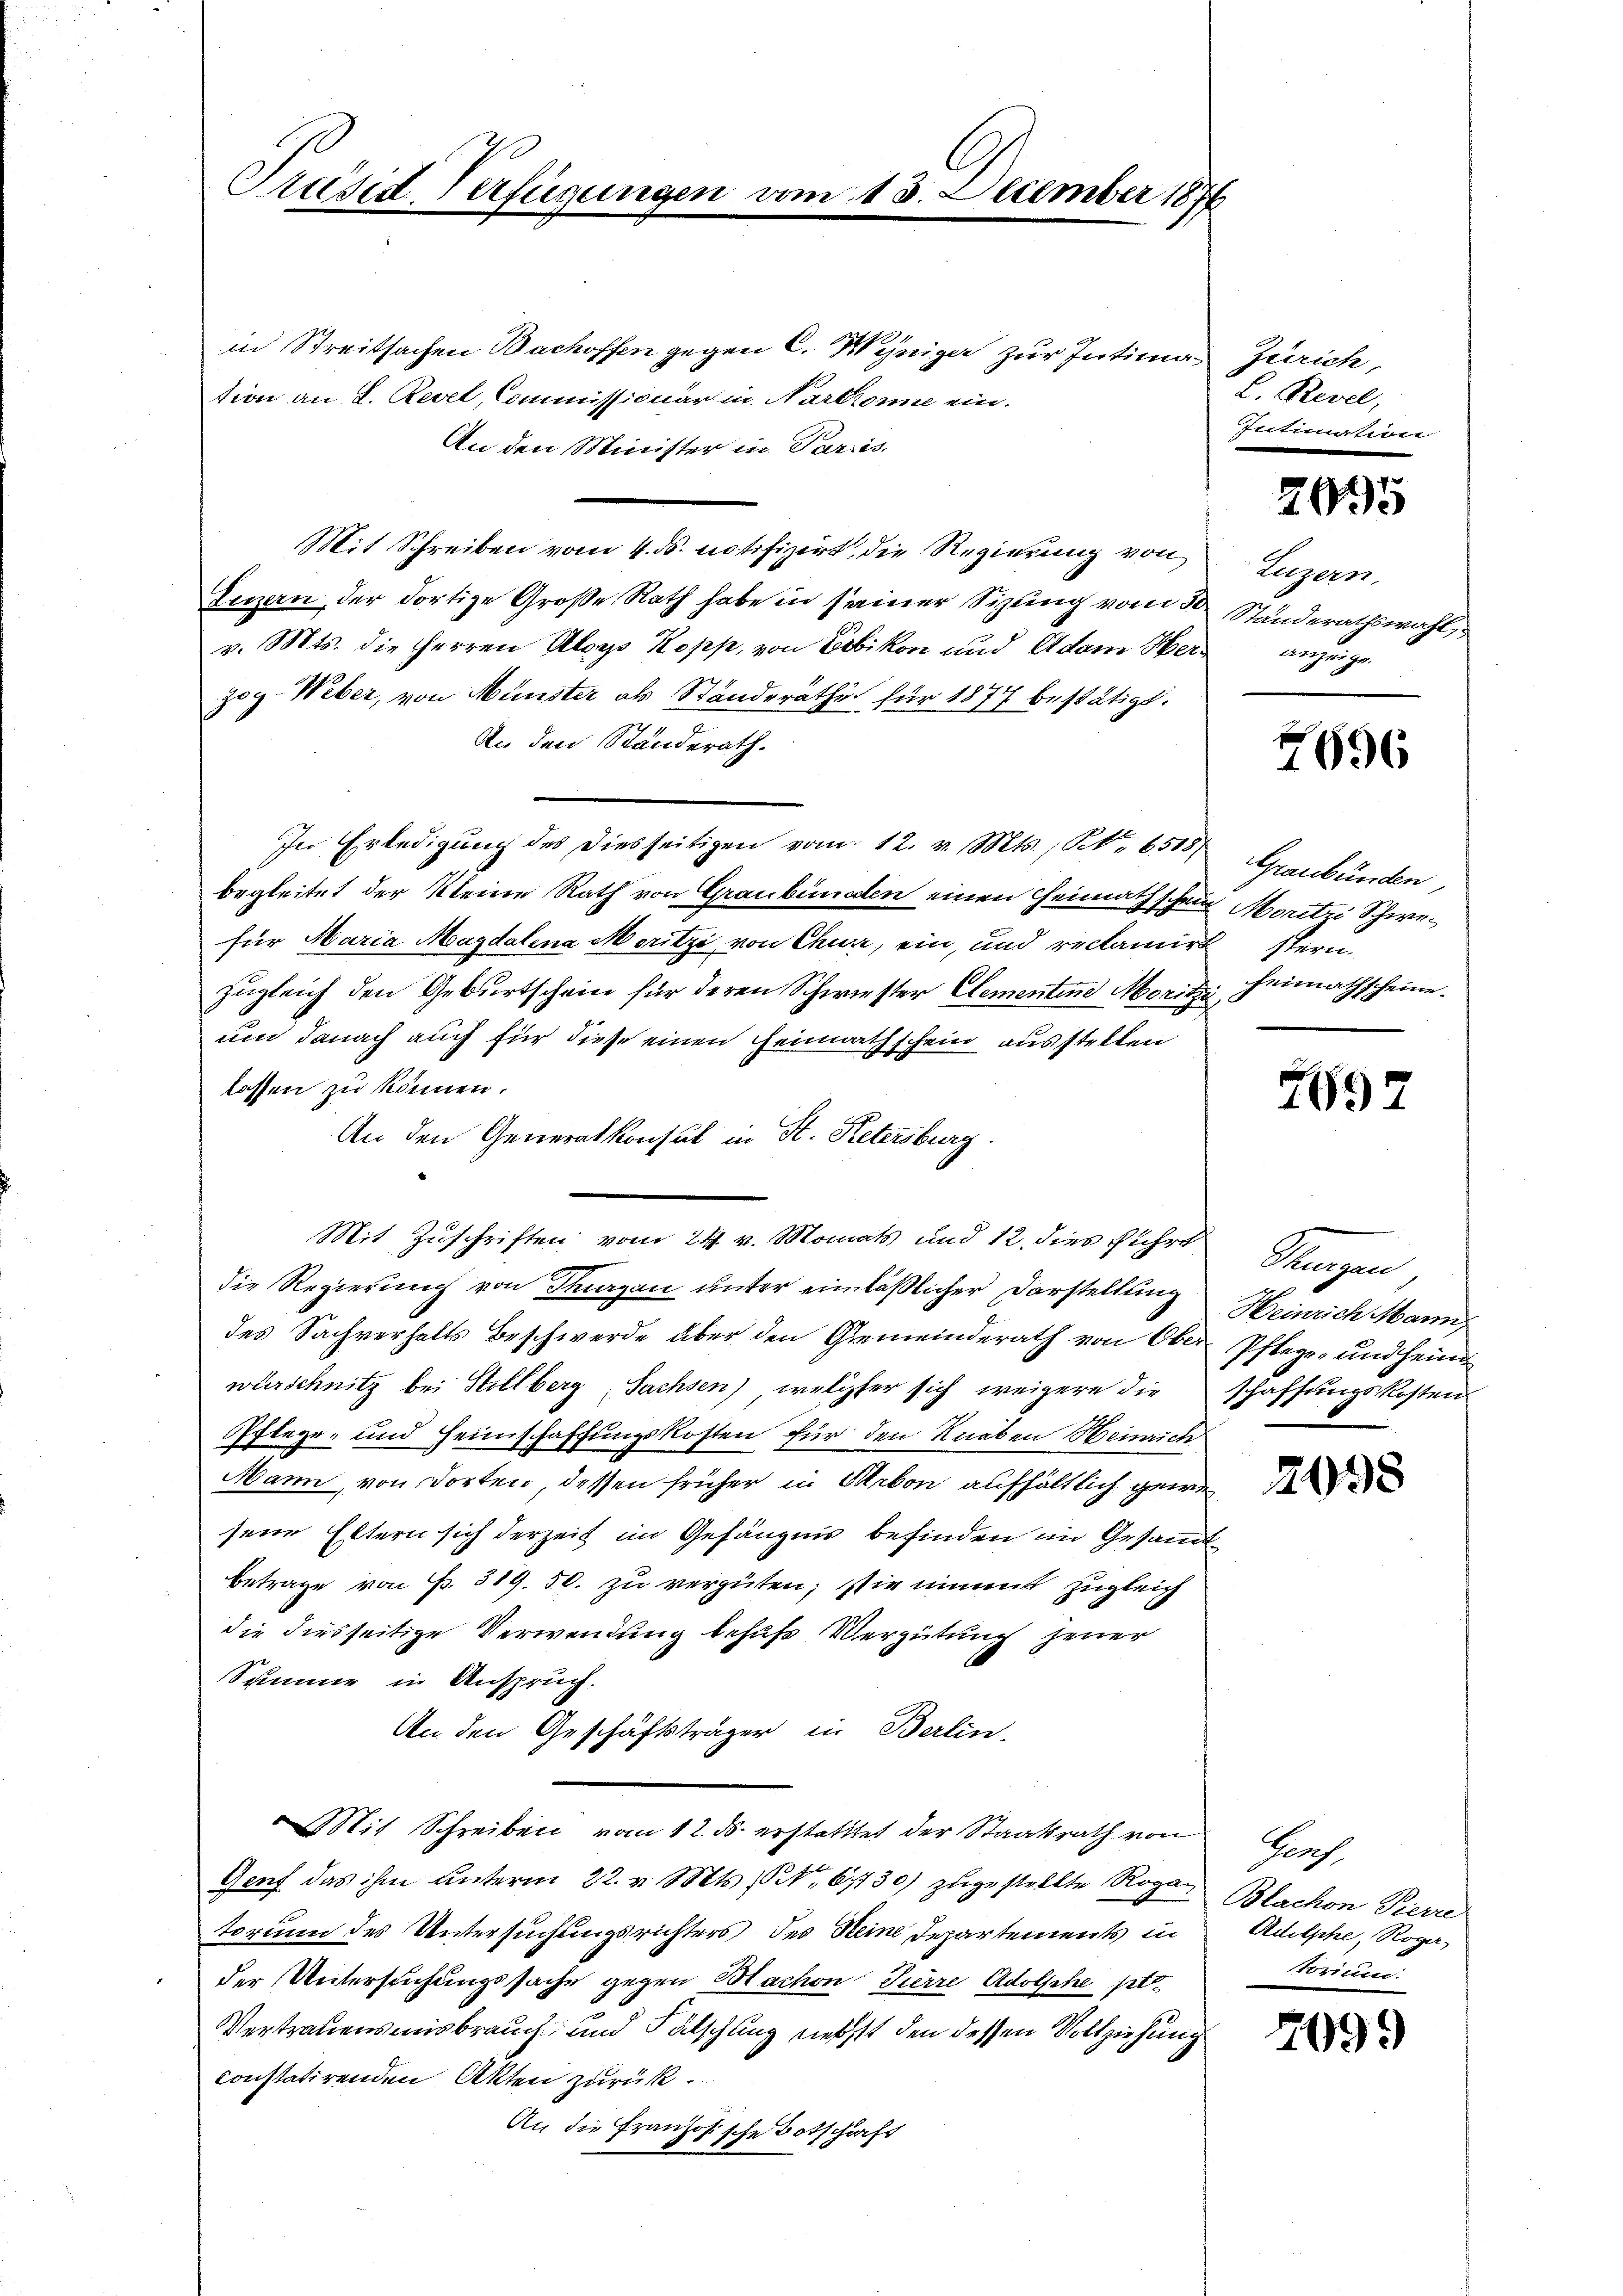
Präsid. Verfügungen.

13. December 1876

in Streitsachen Bachoffen gegen C. Weniger zur Intima Zürich,
tion an L. Revel, Commissionär in Narkrone ein.
An den Minister in Paris.
Mit Schreiben vom 4. ds. notifizirt, die Regierung von
Luzern, der dortige Große Rath habe in seiner Sizung vom 3 Ständerathswahl,
v. Mts. die Herren Aloys Kopp, von Ebikon und Adam Herz anzeige
zog-Weber, von Münster als Ständerathe für 1877 bestätigt.
An den Standerath.
In Erledigŭng des diesseitigen vom 12. v. Mts., S. 6515 Graubünden,
begleitet der Kleine Rath von Graubünden einen Heimathschein Moritzi Schwefür Maria Magdalena Moritze von Churz, ein, und reclamirt stern.
zugleich den Geburtschein für deren Schwester Clementen Morizzi, Freimathscheine
um danach auch für diese einen Heimathschein ausstellen
lassen zu können.
An den Generalkonsul in St. Petersburg.
Mit Zuschriften vom 24. v. Monats und 12. dies führt
die Regierung von Thurgau unter einläßlicher Darstellung
des Sachverhalts Beschwerde über den Gemeinderath von Ober Pflege und Heim
wurschnitz bei Stollberg, Sachsen), welcher sich weigere die
Pflege, und Heimschaffungskosten für den Knaben Heinrich
Mann, von Dorten dessen früher in Arbon aufhältlich gew.
sene Eltern sich derzeit im Gefängnis befinden im Gesamm
Betrage von Fr. 319. 50. zu vergüten; sie nimmt zugleich
die diesseitige Verwendung behufs Vergütung jener
Summe in Anspruch.
An den Geschäftsträger in Berlin.
Mit Schreiben vom 12. ds. erstatttet der Staatsrath von Genf,
Genf das ihm unterm 22. v. Mts. S. 61730) zugestellte Roga Blachon Pierre
torium des Untersuchungsrichters des Heine Departements in
der Untersuchungssache gegen Sachen Pierre Adolsche po
Vertrauensmisbrauch und Fälschung nebst den dessen Vollziehung
constatirenden Akten zurück.
An die Französische Botschrift

L. Revel,
Intimation

2695

Luzern,

4696

7897

Sturzen,
Heinrich Mann
schaffungskosten

2098

Adolphe, Rogatoricun.

7099